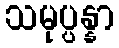
သမုပ္ပန္နာ